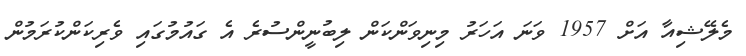
މެލޭޝިއާ އަށް 1957 ވަނަ އަހަރު މިނިވަންކަން ލިބުނީންސުރެ އެ ގައުމުގައި ވެރިކަންކުރަމުން